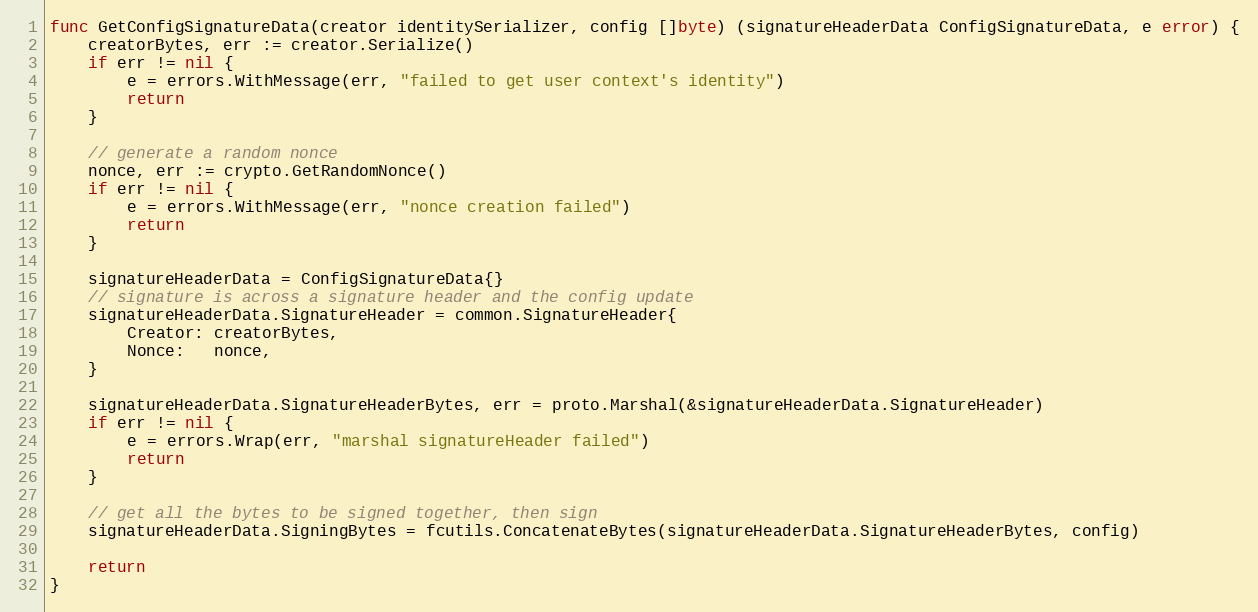
Language: Go
func GetConfigSignatureData(creator identitySerializer, config []byte) (signatureHeaderData ConfigSignatureData, e error) {
	creatorBytes, err := creator.Serialize()
	if err != nil {
		e = errors.WithMessage(err, "failed to get user context's identity")
		return
	}

	// generate a random nonce
	nonce, err := crypto.GetRandomNonce()
	if err != nil {
		e = errors.WithMessage(err, "nonce creation failed")
		return
	}

	signatureHeaderData = ConfigSignatureData{}
	// signature is across a signature header and the config update
	signatureHeaderData.SignatureHeader = common.SignatureHeader{
		Creator: creatorBytes,
		Nonce:   nonce,
	}

	signatureHeaderData.SignatureHeaderBytes, err = proto.Marshal(&signatureHeaderData.SignatureHeader)
	if err != nil {
		e = errors.Wrap(err, "marshal signatureHeader failed")
		return
	}

	// get all the bytes to be signed together, then sign
	signatureHeaderData.SigningBytes = fcutils.ConcatenateBytes(signatureHeaderData.SignatureHeaderBytes, config)

	return
}